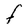
Character: F